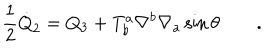
LaTeX: \frac { 1 } { 2 } { \dot { Q } } _ { 2 } = Q _ { 3 } + T _ { b } ^ { a } \nabla ^ { b } \nabla _ { a } \sin \theta \qquad .